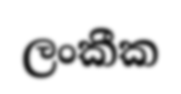
ලංකීක